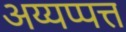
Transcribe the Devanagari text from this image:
अय्यप्पत्त